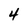
Character: 4